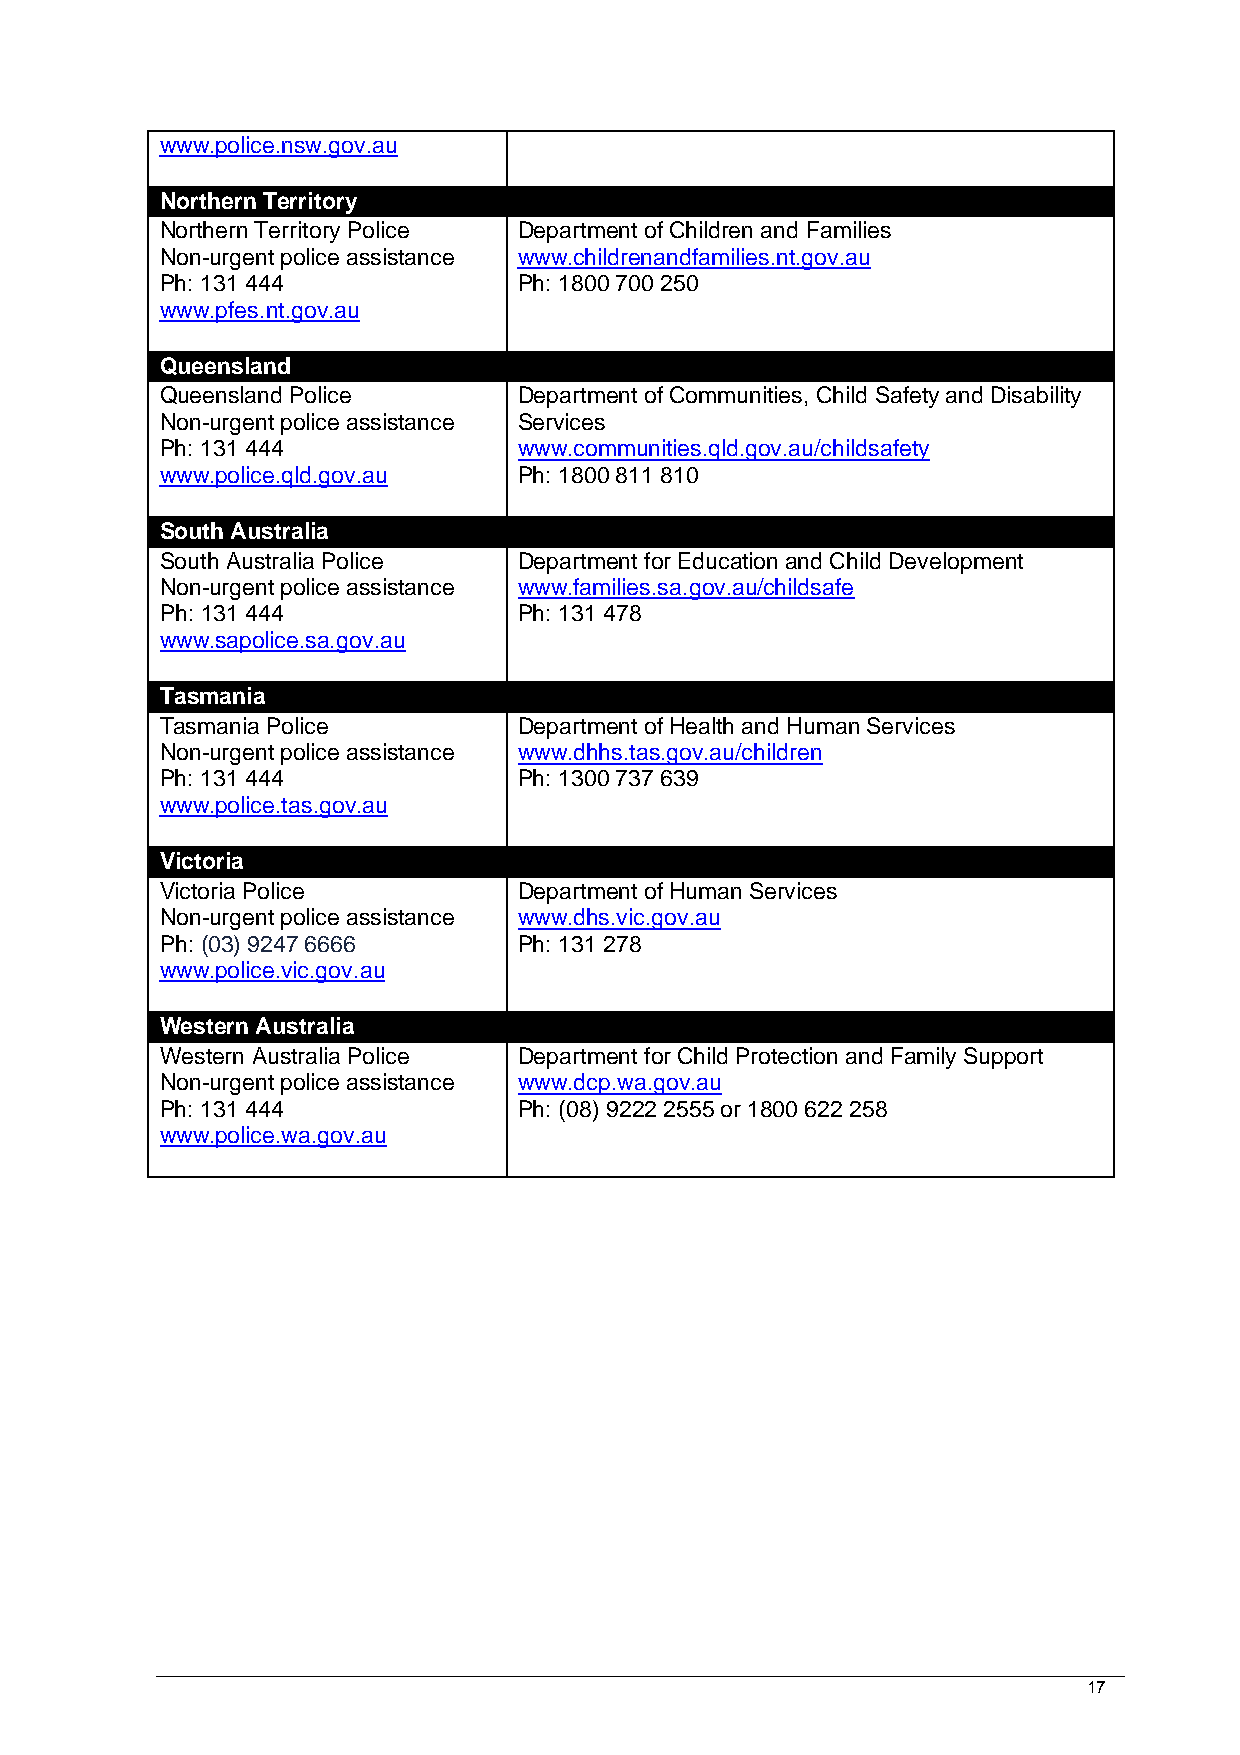
www.police.nsw.gov.au
 Northern Territory
 Northern Territory Police Department of Children and Families
 Non-urgent police assistance www.childrenandfamilies.nt.gov.au
 Ph: 131 444            Ph: 1800 700 250
 www.pfes.nt.gov.au
 Queensland
 Queensland Police      Department of Communities, Child Safety and Disability
 Non-urgent police assistance Services
 Ph: 131 444            www.communities.qld.gov.au/childsafety
 www.police.qld.gov.au  Ph: 1800 811 810
 South Australia
 South Australia Police Department for Education and Child Development
 Non-urgent police assistance www.families.sa.gov.au/childsafe
 Ph: 131 444            Ph: 131 478
 www.sapolice.sa.gov.au
 Tasmania
 Tasmania Police        Department of Health and Human Services
 Non-urgent police assistance www.dhhs.tas.gov.au/children
 Ph: 131 444            Ph: 1300 737 639
 www.police.tas.gov.au
 Victoria
 Victoria Police        Department of Human Services
 Non-urgent police assistance www.dhs.vic.gov.au
 Ph: (03) 9247 6666     Ph: 131 278
 www.police.vic.gov.au
 Western Australia
 Western Australia Police Department for Child Protection and Family Support
 Non-urgent police assistance www.dcp.wa.gov.au
 Ph: 131 444            Ph: (08) 9222 2555 or 1800 622 258
 www.police.wa.gov.au
 17